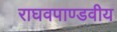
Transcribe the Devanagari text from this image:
राघवपाण्डवीय